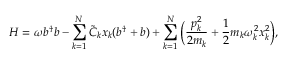
H = \omega b ^ { \dagger } b - \sum _ { k = 1 } ^ { N } \tilde { C } _ { k } x _ { k } ( b ^ { \dagger } + b ) + \sum _ { k = 1 } ^ { N } \bigg ( \frac { p _ { k } ^ { 2 } } { 2 m _ { k } } + \frac { 1 } { 2 } m _ { k } \omega _ { k } ^ { 2 } x _ { k } ^ { 2 } \bigg ) ,